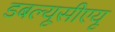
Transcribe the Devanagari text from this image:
डबल्यूसीएयू